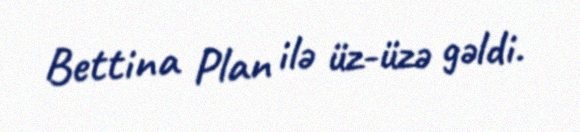
Bettina Plan ilə üz-üzə gəldi.